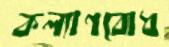
কল্যাণবোধ